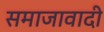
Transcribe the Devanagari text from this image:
समाजावादी